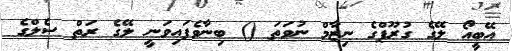
އޭބީއޯ ލޭގެ ގުރޫޕްގެ ނިޒާމް ނުވަތަ () ބިނާވެފައިވަނީ ލޭގެ ރަތް ސެލްގެ